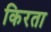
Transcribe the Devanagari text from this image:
किरता